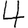
Digit: 4